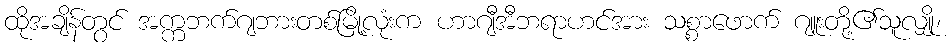
ထိုအချိန်တွင် အက္ကဘက်ဂျဘားတစ်မြို့လုံးက ဟာဂျီအီဘရာဟင်အား သစ္စာဖောက် ဂျူးတို့၏သူလျှို၊